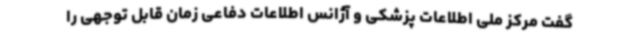
گفت مرکز ملی اطلاعات پزشکی و آژانس اطلاعات دفاعی زمان قابل توجهی را